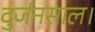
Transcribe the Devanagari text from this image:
दुर्जनसाल।